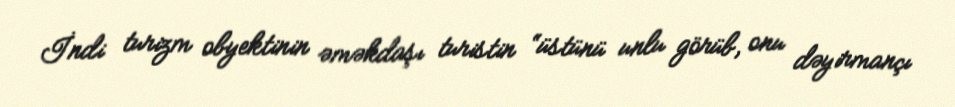
İndi turizm obyektinin əməkdaşı turistin “üstünü unlu görüb, onu dəyirmançı